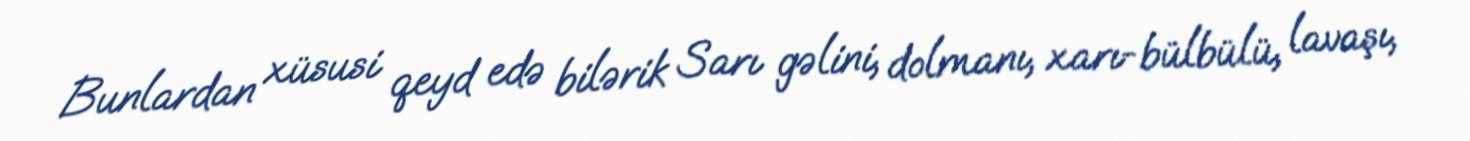
Bunlardan xüsusi qeyd edə bilərik Sarı gəlini, dolmanı, xarı-bülbülü, lavaşı,